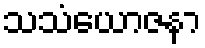
သသံယောဇနာ